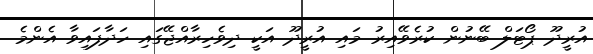
އުރީދޫ ޕޯޓަލް ބޭނުން ކުރެވޭއިރު މައި އުރީދޫ އަކީ ދިވެހިރާއްޖޭގައި ހަދާފައިވާ އެންމެ